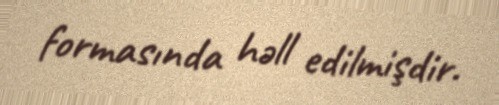
formasında həll edilmişdir.